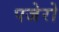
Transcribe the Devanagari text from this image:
पजेरो